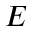
{ \cal E }